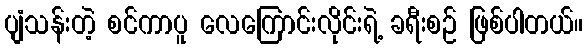
ပျံသန်းတဲ့ စင်ကာပူ လေကြောင်းလိုင်းရဲ့ ခရီးစဉ် ဖြစ်ပါတယ်။